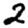
Digit: 2